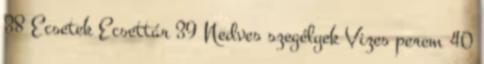
38 Ecsetek Ecsettár 39 Nedves szegélyek Vizes perem 40